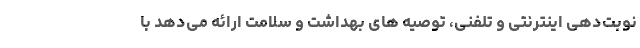
نوبت‌دهی اینترنتی و تلفنی، توصیه های بهداشت و سلامت ارائه می‌دهد با